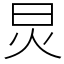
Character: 炅